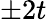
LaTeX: \pm 2t